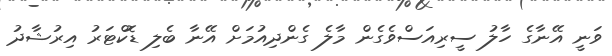
ވަނީ އޭނާގެ ހާލު ސީރިއަސްވެގެން މާލެ ގެންދިއުމަށް އޭނާ ބެލި ޑޮކްޓަރު އިރުޝާދު